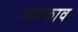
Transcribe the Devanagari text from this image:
पनन्काव